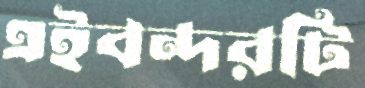
এইবন্দরটি